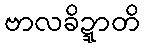
ဗာလခိဍ္ဍာတိ